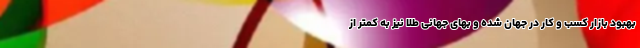
بهبود بازار کسب و کار در جهان شده و بهای جهانی طلا نیز به کمتر از